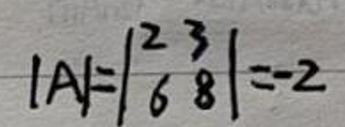
\[
|A|=\begin{vmatrix}
2 & 3 \\
6 & 8
\end{vmatrix}=-2
\]